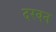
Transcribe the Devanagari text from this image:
दरवन